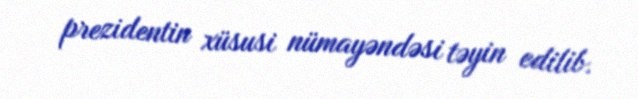
prezidentin xüsusi nümayəndəsi təyin edilib.